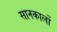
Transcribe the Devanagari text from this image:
सानकार्लो